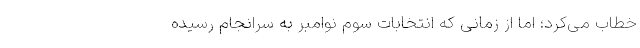
خطاب می‌کرد؛ اما از زمانی که انتخابات سوم نوامبر به سرانجام رسیده